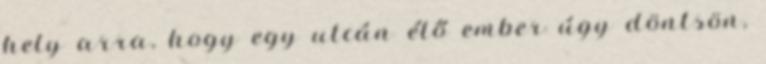
hely arra, hogy egy utcán élő ember úgy döntsön,